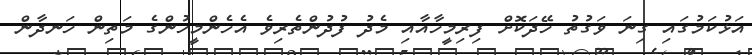
އަޅުކަމުގައި ގިނަ ވަގުތު ހޭދަކޮށް ފިރިމީހާއާއި މެދު ފުދުންތެރިވެ އެހެންމީހުންގެ މަތިން ހަނދާން